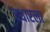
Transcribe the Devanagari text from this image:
वधारला